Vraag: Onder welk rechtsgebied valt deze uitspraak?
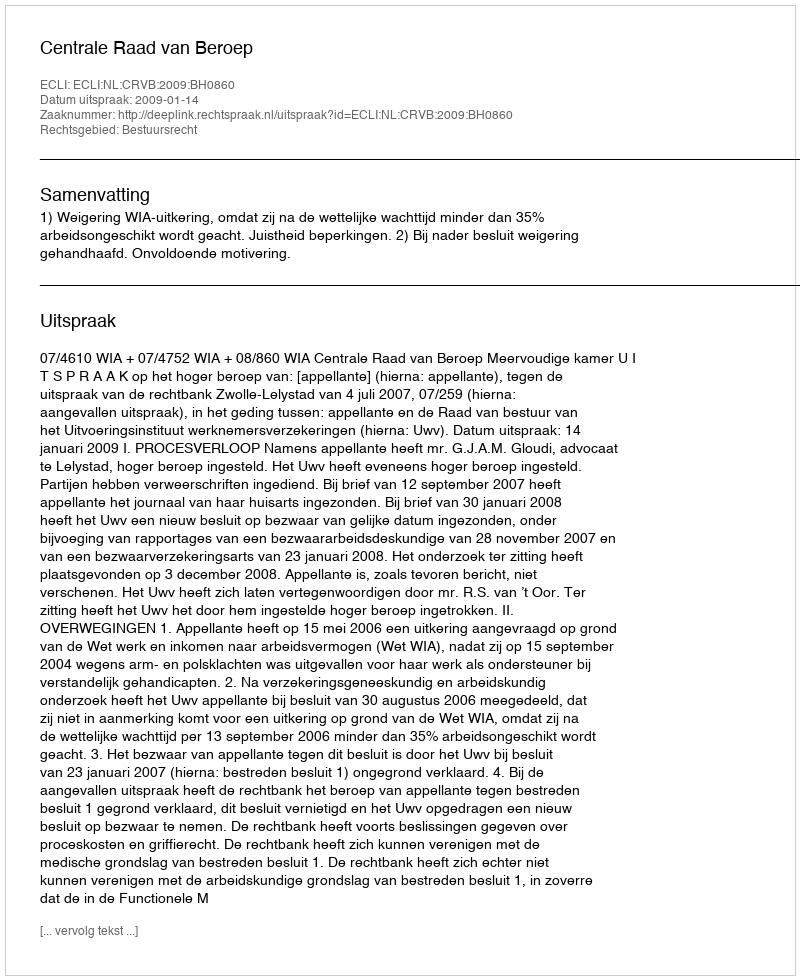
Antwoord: Bestuursrecht